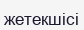
жетекшісі